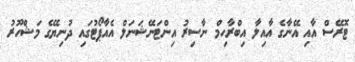
ޓޮރޭސް އާއި އޭނާގެ އާއިލާ އިބްރާހިމް ނާސިރު އިންޓަނޭޝަނަލް އެއާޕޯޓުގައި ދުނިޔޭގެ މަޝްހޫރު